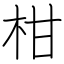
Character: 柑